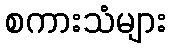
စကားသံများ